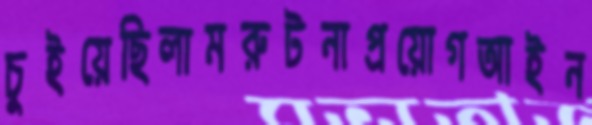
চুইয়েছিলামরুটনাপ্রয়োগআইন